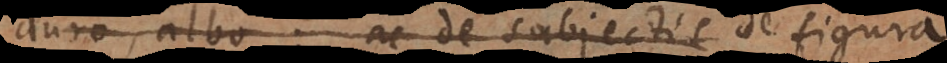
duro, albo: ac de subjectis figura,